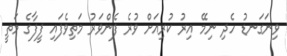
ވިނަގަނޑު ހެދި ނިމޭ އިރު ކުރިއަށް ވުރެ ފެންވަރު މަތިވެފައި ފީފާގެ މަތީ